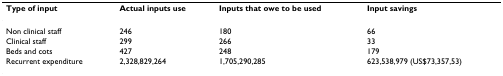
<table><thead><tr><td><b>Type of input</b></td><td><b>Actual inputs use</b></td><td><b>Inputs that owe to be used</b></td><td><b>Input savings</b></td></tr></thead><tbody><tr><td>Non clinical staff</td><td>246</td><td>180</td><td>66</td></tr><tr><td>Clinical staff</td><td>299</td><td>266</td><td>33</td></tr><tr><td>Beds and cots</td><td>427</td><td>248</td><td>179</td></tr><tr><td>Recurrent expenditure</td><td>2,328,829,264</td><td>1,705,290,285</td><td>623,538,979 (US$73,357,53)</td></tr></tbody></table>